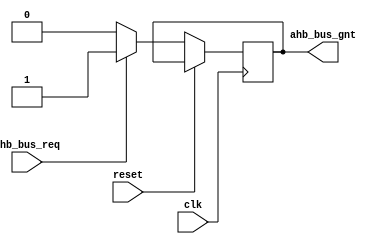
module timing_control_and_synchronization(
    input wire clk,              // Clock signal
    input wire reset,            // Reset signal
    input wire ahb_bus_req,      // AHB bus request signal
    output reg ahb_bus_gnt       // AHB bus grant signal
);

// Clock generation module
always @(posedge clk or posedge reset) begin
    if (reset) begin
        // Perform reset actions
        // Ex: reset the module's internal state
    end else begin
        // Perform clock generation actions
        // Ex: generate clock signals for AHB bus operations
    end
end

// Data signal synchronization module
always @(posedge clk or posedge reset) begin
    if (reset) begin
        // Perform reset actions
        // Ex: reset the module's internal state
    end else begin
        // Perform data signal synchronization actions
        // Ex: synchronize data signals between different peripherals
    end
end

// Timing requirements control module
always @(posedge clk or posedge reset) begin
    if (reset) begin
        // Perform reset actions
        // Ex: reset the module's internal state
    end else begin
        if (ahb_bus_req) begin
            // Perform timing control actions
            // Ex: manage timing constraints for AHB bus transactions
            // Grant access to the AHB bus if timing constraints are met
            ahb_bus_gnt <= 1;
        end else begin
            // Revoke access to the AHB bus if timing constraints are not met
            ahb_bus_gnt <= 0;
        end
    end
end

endmodule